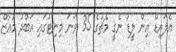
އެލައިޑް އިން ލީޑު ނެގީ މެޗުގެ 35 ވަނަ މިނިޓުގައި އަބްދު މުއާޒް